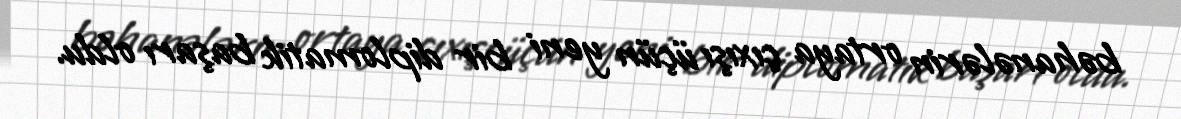
bəhanələrin ortaya çıxışı üçün yeni bir diplomatik başarı oldu.